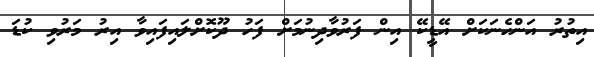
އިތުރު އަންހެނަކަށް އޭޑީކޭ އިން ފަރުވާދިނުމަށް ފަހު ދޫކޮށްލައިފައިވާ އިރު މަރުވި ކުޑަ